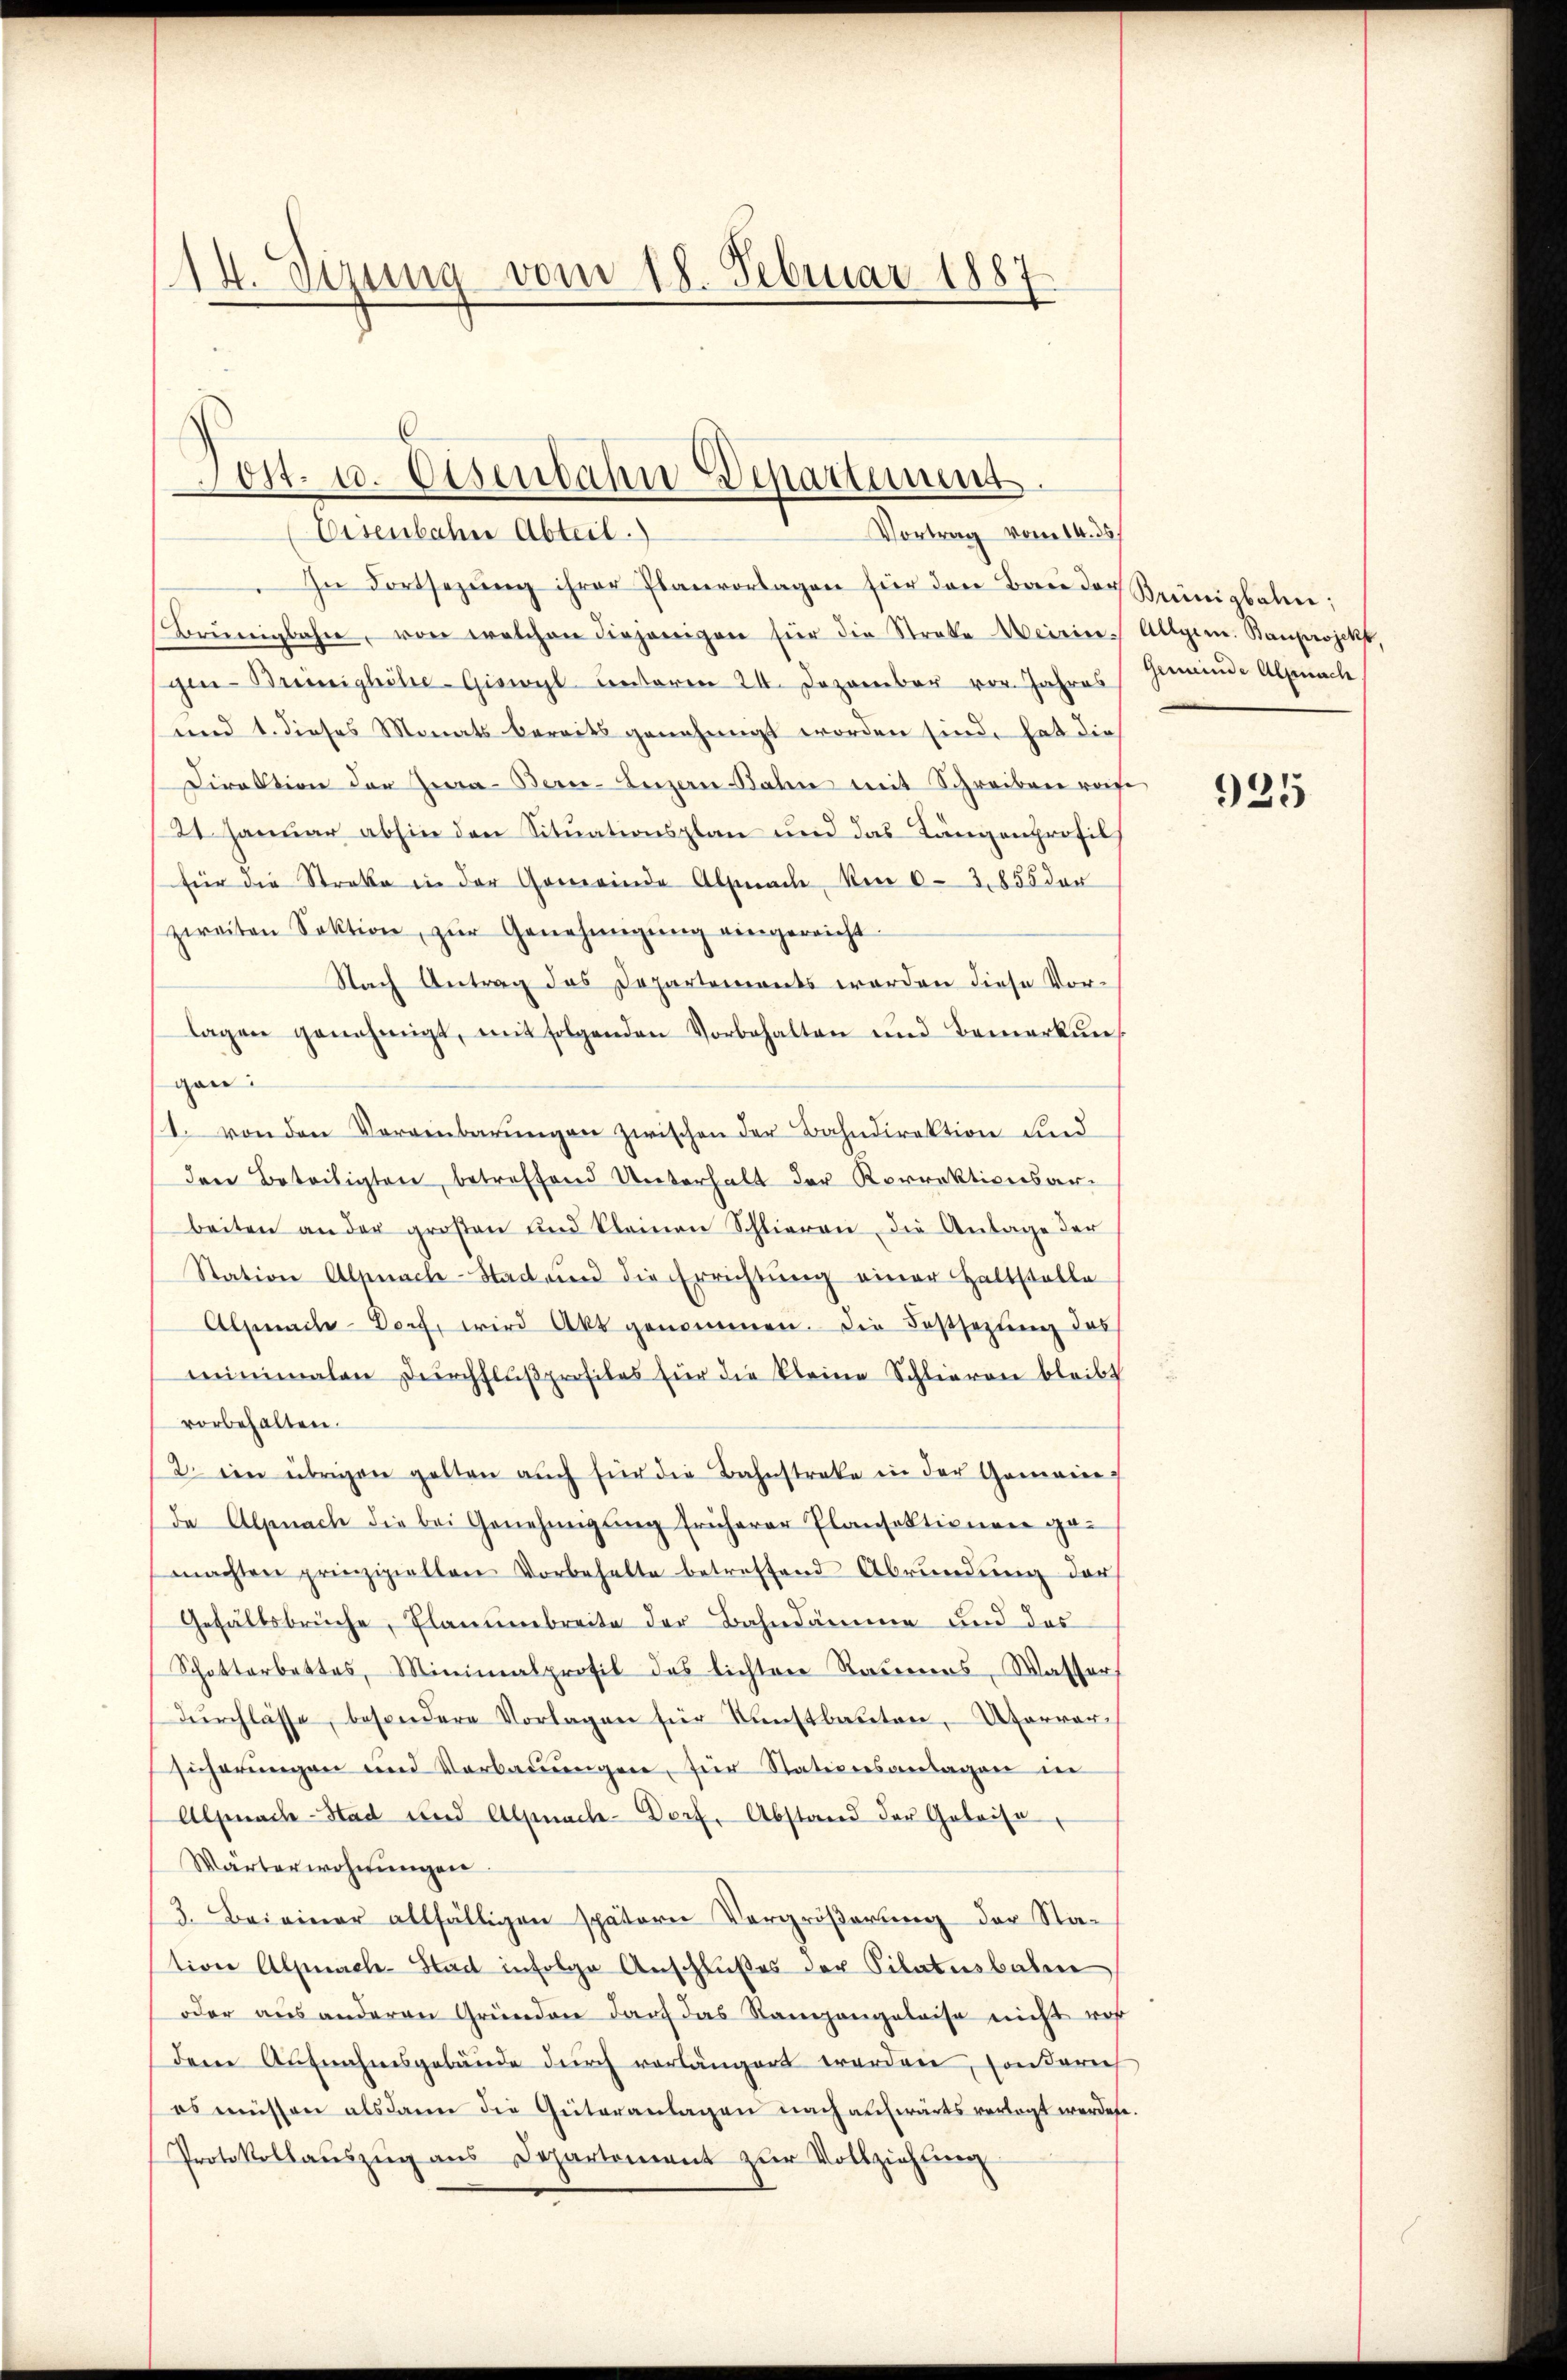
14. Sizung vom 18. Februar 1887

6
Lost- u. Osenbahn-Departement
Vortrag vom 14. ds.
Eisenbahne Abteil.

In Fortsezŭng ihrer Planvorlagen für den Bau der Brünigbahne
Brŭngbahn, von welchen diejenigen für die Streke Meirin. Allgem. Bauprojekt,
gin-Breinighitte-Giswyl unteren 24. Dezember vor. Jahres
und 1. dieses Monats bereits genehmigt worden sind, hat dies
Direktion der Zwa-Ber-Luzern Bahn mit Schreiben reise
21. Januar abhin den Situationsplan und das Längenprofils
für die Streke in der Gemeinde Almache von 6-3855 der
zweiten Sektion zŭr Genehmigŭng eingereicht:
Nach Antrag das Departements werden diese Vor-
lagen genehmigt, mit folgenden Vorbehalten und Bemerkungan
1. von den Vereinbarungen zwischen der Bahndirektion und
den Beteiligten, betreffend Unterhalt der Korrektionsarbeiten an der großen und Kleinen Schlieren die Antage der
Station Alpnach-Stadaun die Errichtung einer Haltstelle
Almache-Dorf, wird Akt genommen. Die Festsezung des
minimalen Dŭrchflŭβprofiles für die kleine Schlieren bleibt
vorbehalten.
2. ein übrigen gelten aŭch für die Bahnstrafe in der Gemeine
(da Alpnach die bei Genehmigung früherer Plansektionen gemachten prinzipiellen Vorbehalte betreffend Abrŭndŭng der
Gefällsbrüche, Planumbreite der Bahndämme und des
Schotterbettes, Minimalprofil des lichten Raumers, Wasser
dŭrchlasse, besondere Vorlagen für Fenstbauten, Vervor-
sicherŭngen und Verbaŭŭngen, für Stationsanlagen in
Alpnach-Stad und Alpnach-Dorf, Abstand der Geleise
Wärterwohnungen.
3. Bei einer allfälligen spätern Vergröβerŭng der Station Alpnach-Stad infolge Anschlußes der Pilatusbauen
oder aus anderen Gründen darf das Rangangeleise nicht vor
Dem Aufnahmsgebäude durch vorlängert worden, sonderich
es müssen alsdann die Güteranlagen nach aufwärts verlegt werdene
Protokollauszug aus Departement zur Vollziehung

Gemeinde Alpnach

925